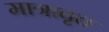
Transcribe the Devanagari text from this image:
मात्रावृत्त